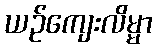
ယဉ်ကျေးလိမ္မာ